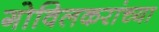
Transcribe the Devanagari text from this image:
गोविलकरांच्या